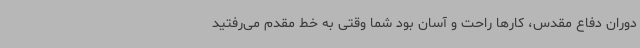
دوران دفاع مقدس، کارها راحت و آسان بود شما وقتی به خط مقدم می‌رفتید